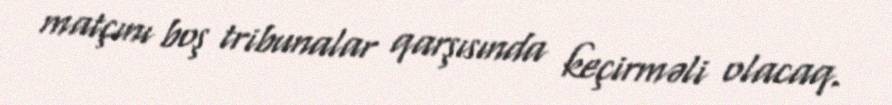
matçını boş tribunalar qarşısında keçirməli olacaq.